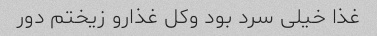
غذا خیلى سرد بود وکل غذارو زیختم دور